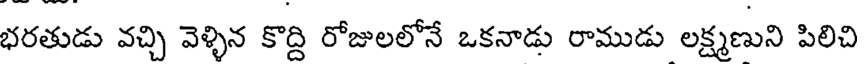
భరతుడు వచ్చి వెళ్ళిన కొద్ది రోజులలోనే ఒకనాడు రాముడు లక్ష్మణుని పిలిచి